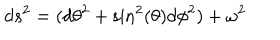
LaTeX: d s ^ { 2 } = ( d { \theta } ^ { 2 } + \sin ^ { 2 } ( \theta ) d { \phi } ^ { 2 } ) + { \omega } ^ { 2 }